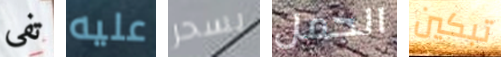
تفي عليه بسحر الجمل تبكين